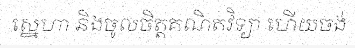
ស្នេហា និងចូលចិត្តគណិតវិទ្យា ហើយចង់